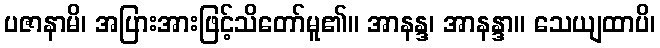
ပဇာနာမိ၊ အပြားအားဖြင့်သိတော်မူ၏။ အာနန္ဒ၊ အာနန္ဒာ။ သေယျထာပိ၊